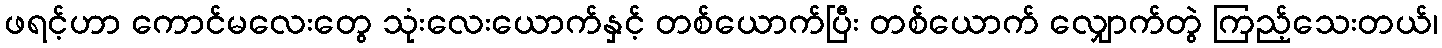
ဖရင့်ဟာ ကောင်မလေးတွေ သုံးလေးယောက်နှင့် တစ်ယောက်ပြီး တစ်ယောက် လျှောက်တွဲ ကြည့်သေးတယ်၊